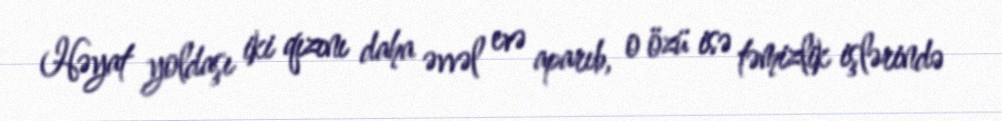
Həyat yoldaşı iki qızını daha əvvəl evə aparıb, o özü isə təmizlik işlərində